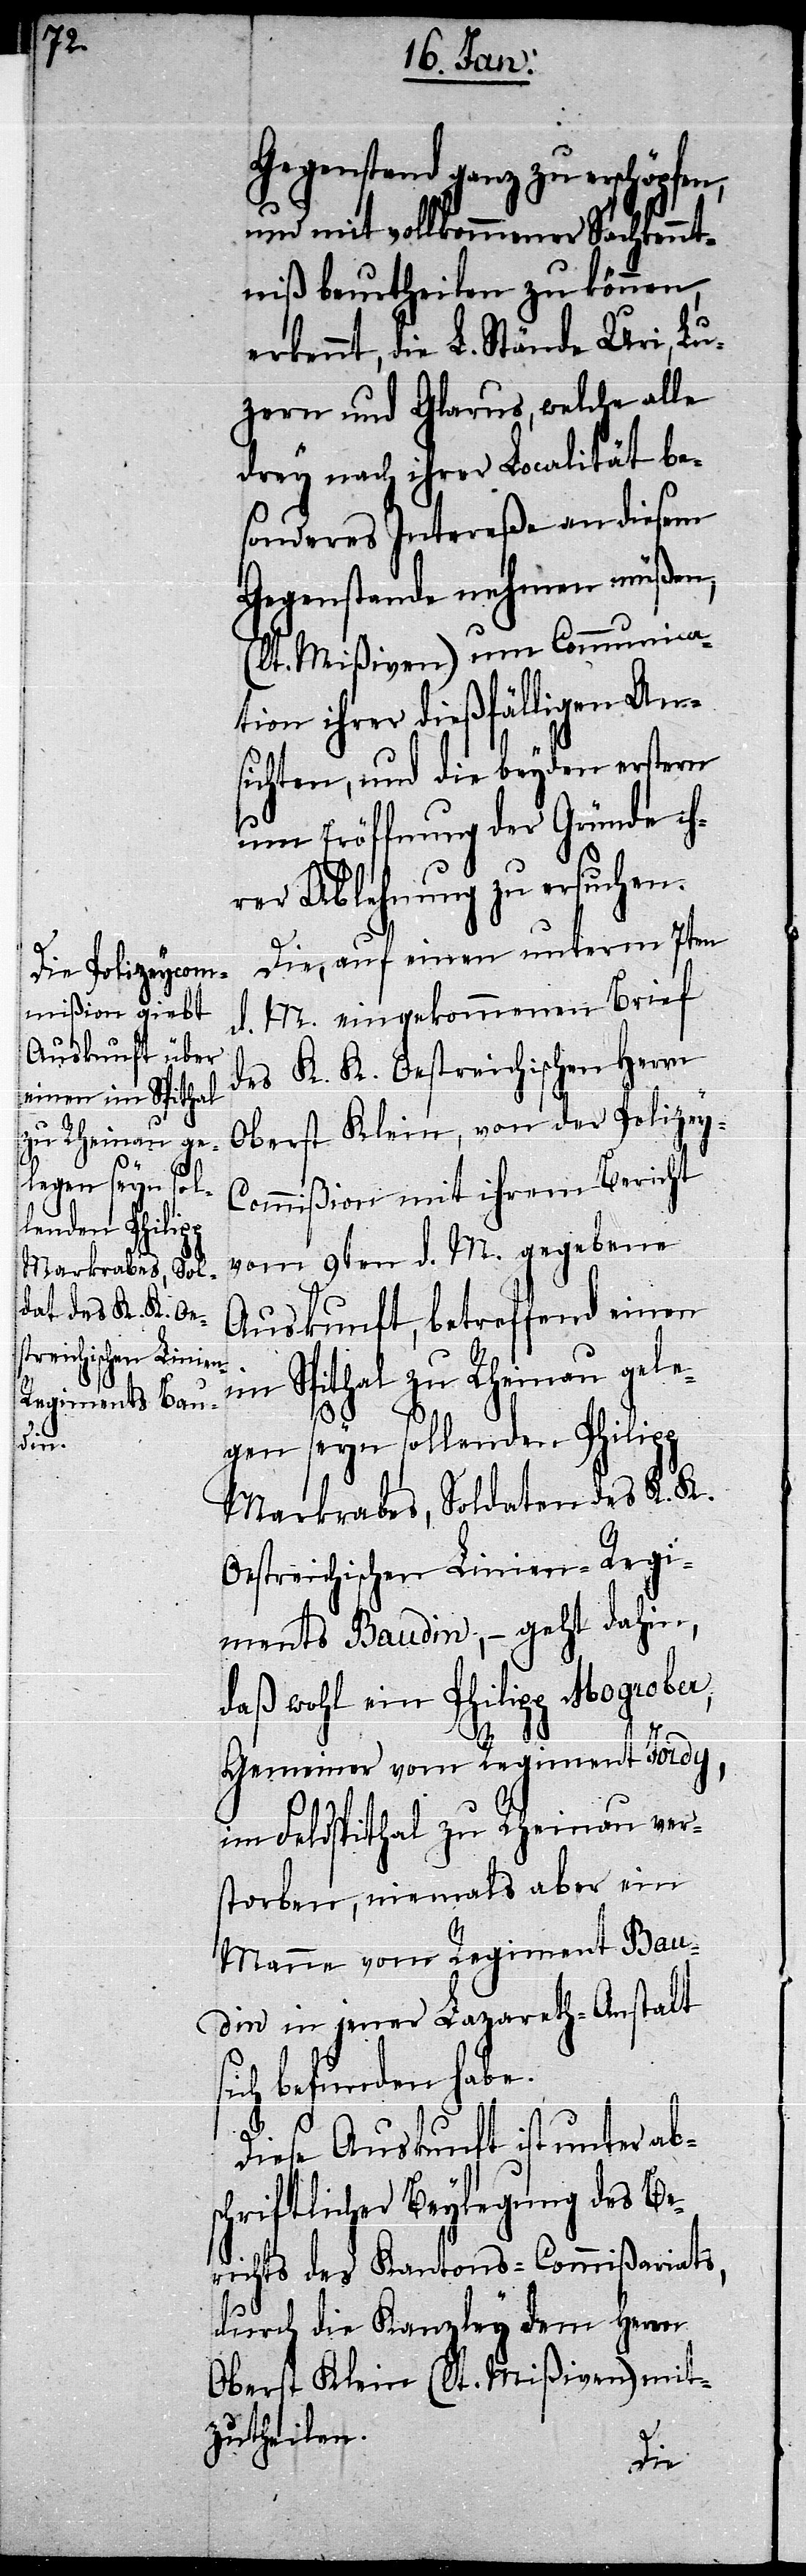
s¬

Gegenstand ganz zu erschöpfen,
und mit vollkommener Sachkennt¬
niß beurtheilen zu können,
erkennt, die L. Stände Uri, Lu¬
zern und Glarus, welche alle
drey nach ihrer Localität be¬
sonderes Intereße an diesem
Gegenstande nehmen müßen,
(lt. Mißiven) um Communica¬
tion ihrer dießfälligen An¬
sichten, und die beyden erstern
um Eröffnung der Gründe ih¬
rer Ablehnung zu ersuchen.
Die, auf einen unterm 7ten
d. M. eingekommenen Brief
des K. K. Oestreichischen Herrn
Oberst Klein, von der Polizey-C¬
ommißion mit ihrem Bericht
vom 9ten d. M. gegebene
Auskunft, betreffend einen
im Spithal zu Rheinau gele¬
gen seyn sollenden Philipp
Markrabes, Soldaten des K. K.
Oestreichischen Linien-Regi¬
ments Baudin, – geht dahin,
daß wohl ein Philipp Mogrober,
Gemeiner vom Regiment Jordy,
im Feldspithal zu Rheinau ver¬
storben, niemals aber ein
Manne vom Regiment Bau¬
din in jener Lazareth-Anstalt
ich befunden habe.
Diese Auskunft ist unter abs¬
chriftlicher Beylegung des Be¬
richts des Kantons-Commißariats,
durch die Kanzley dem Herrn
Oberst Klein (lt. Mißven) mit¬
zutheilen.